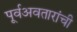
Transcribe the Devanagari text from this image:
पूर्वअवतारांची